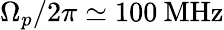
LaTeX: \Omega_{p}/2\pi\simeq 100\: \mathrm{MHz}